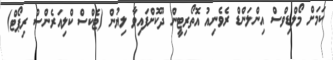
ކަމަށް މޯލްޑިވްސް އިންލަންޑް ރެވެނިއު އޮތޯރިޓީން ދޫކޮށްފައިވާ ލިޔުން (ޓެކްސް ކްލިއަރެންސް ރިޕޯޓް)